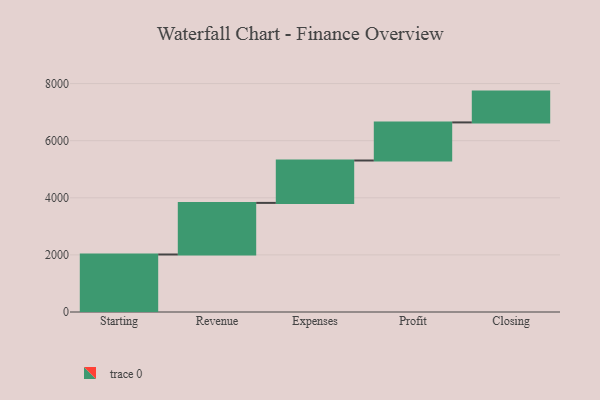
{"axis": {"x": "Step", "y": "Value"}, "legend": [""], "data": [{"x": "Starting", "y": 2014.0, "type": ""}, {"x": "Revenue", "y": 1807.0, "type": ""}, {"x": "Expenses", "y": 1485.0, "type": ""}, {"x": "Profit", "y": 1334.0, "type": ""}, {"x": "Closing", "y": 1079.0, "type": ""}]}